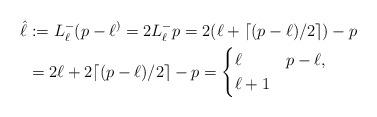
LaTeX: \begin{align*} \hat\ell &:= L_\ell^ - (p - \ell^) = 2 L_\ell^ - p = 2 (\ell + \lceil (p-\ell)/2 \rceil) - p\\ &= 2 \ell + 2 \lceil (p-\ell)/2 \rceil - p = \begin{cases} \ell & p-\ell ,\\ \ell+1 & \end{cases}\end{align*}